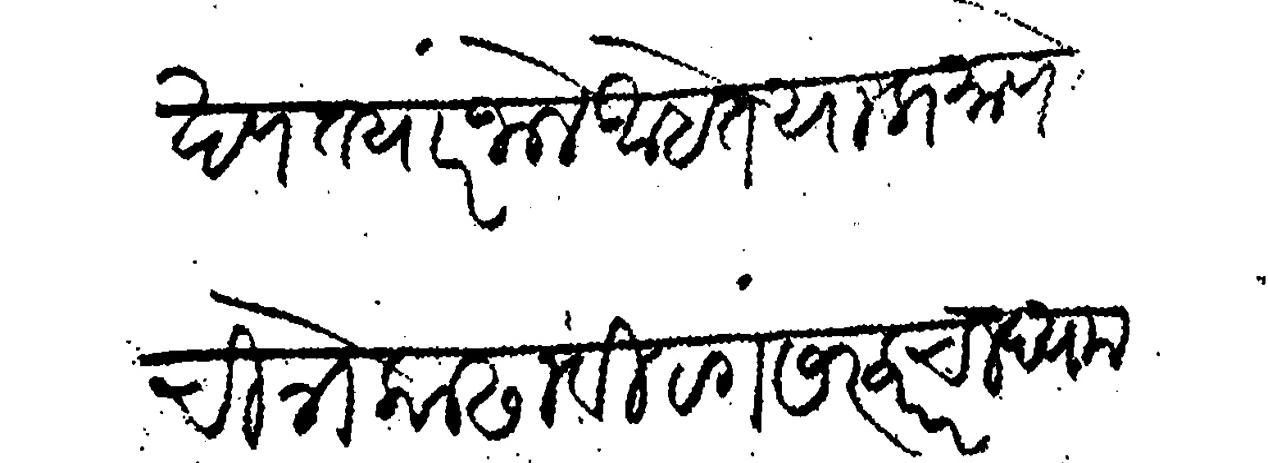
Transliteration (Devanagari): खण तयार जाले आहेत या प्रमाणे चित्रे काढावी रंग सरकारचा घ्यावा